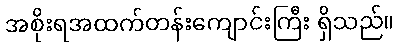
အစိုးရအထက်တန်းကျောင်းကြီး ရှိသည်။